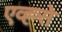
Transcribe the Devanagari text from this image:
एव्ह्से